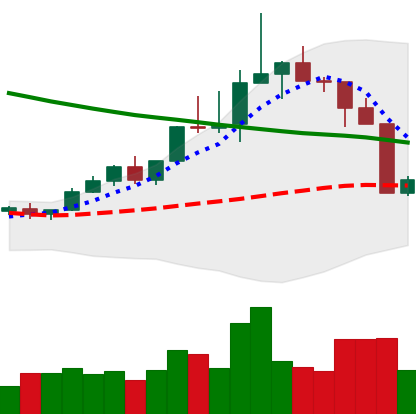
Ticker: TRX-USD
Chart end date: 2022-04-07
Forward return: -6.944%
Label: down_5_7